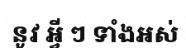
នូវ អ្វី ៗ ទាំងអស់